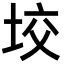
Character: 𡋟